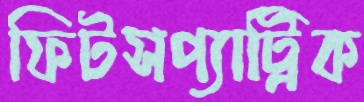
ফিটসপ্যাট্রিক